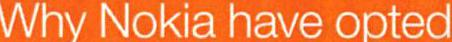
Why Nokia have opted